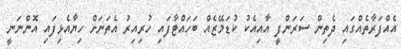
އެއްފަރާތެއްގައި ދެތިން ސަރަންފީ އާއިއެކު ކުޑަމޭޒެއް ބަހައްޓާފައި ހުރިއިރު އެތަނަށް ހިޔާއެޅިފައި އޮންނަނީ